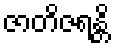
ဇာတိဇရန္တိ